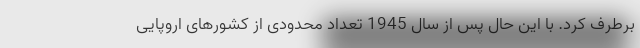
برطرف کرد. با این حال پس از سال 1945 تعداد محدودی از کشورهای اروپایی